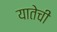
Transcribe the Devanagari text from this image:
यातेची